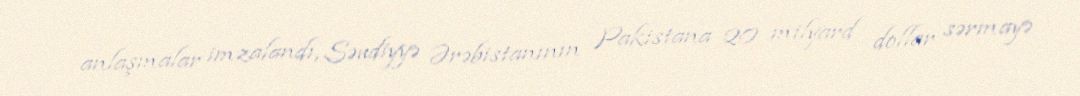
anlaşmalar imzalandı, Səudiyyə Ərəbistanının Pakistana 20 milyard dollar sərmayə